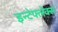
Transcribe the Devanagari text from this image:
इन्टेफ्लेक्स